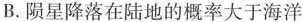
B.陨星降落在陆地的概率大于海洋